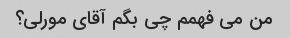
من می فهمم چی بگم آقای مورلی؟